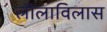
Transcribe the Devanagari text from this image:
लीलाविलास